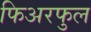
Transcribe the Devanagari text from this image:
फिअरफुल